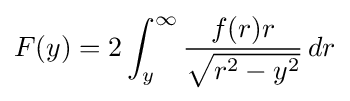
F(y)=2\int _{y}^{\infty }{\frac {f(r)r}{\sqrt {r^{2}-y^{2}}}}\,dr